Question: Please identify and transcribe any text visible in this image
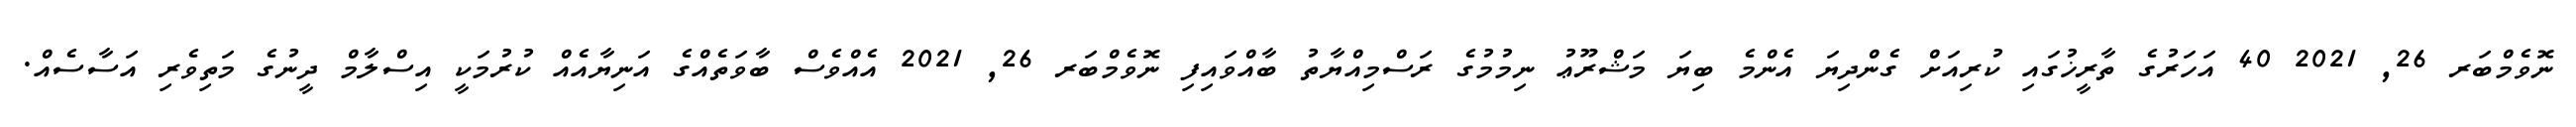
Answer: ނޮވެމްބަރ 26, 2021 40 އަހަރުގެ ތާރީޚުގައި ކުރިއަށް ގެންދިޔަ އެންމެ ބިޔަ މަޝްރޫޢު ނިމުމުގެ ރަސްމިއްޔާތު ބާއްވައިފި ނޮވެމްބަރ 26, 2021 އެއްވެސް ބާވަތެއްގެ އަނިޔާއެއް ކުރުމަކީ އިސްލާމް ދީނުގެ މަތިވެރި އަސާސެއް.